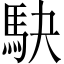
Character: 駃